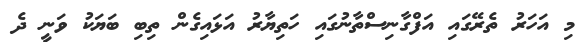
މި އަހަރު ތެރޭގައި އަފްގާނިސްތާނުގައި ހަތިޔާރު އަޅައިގެން ތިބި ބަޔަކު ވަނީ ދެ